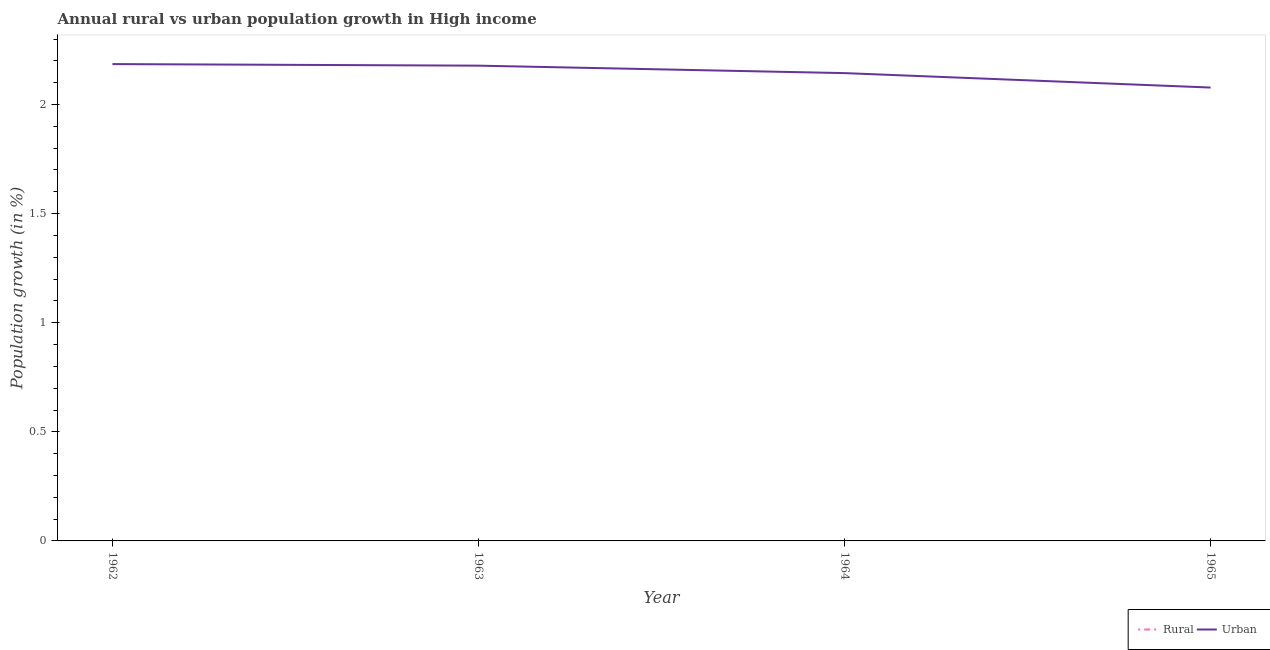
| Year | Rural | Urban  |
 | --- | --- | --- |
 | 1962 | -0.28 | 2.19 |
 | 1963 | -0.369 | 2.18 |
 | 1964 | -0.417 | 2.14 |
 | 1965 | -0.491 | 2.08 |